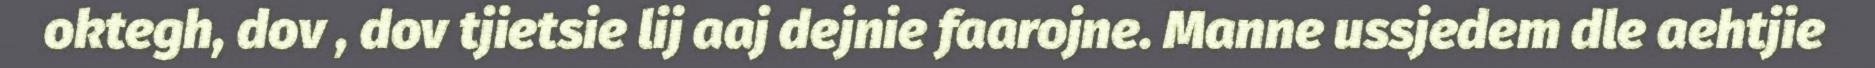
oktegh, dov , dov tjietsie lij aaj dejnie faarojne. Manne ussjedem dle aehtjie